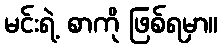
မင်းရဲ့ စာကို ဖြစ်ရမှာ။